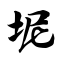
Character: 坭